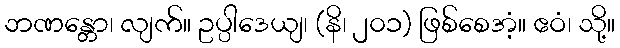
ဘဏန္တော၊ လျက်။ ဥပ္ပါဒေယျ၊ (နိ၊ ၂၀၁) ဖြစ်စေအံ့။ ဧဝံ၊ သို့။